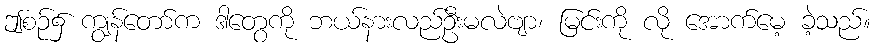
ဤစဉ်၌ ကျွန်တော်က ဒါတွေကို ဘယ်နားလည်ဦးမလဲဗျာ၊ မြင်းကို လို အောက်မေ့ ခဲ့သည်။